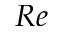
R e